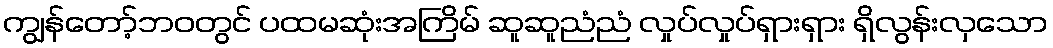
ကျွန်တော့်ဘဝတွင် ပထမဆုံးအကြိမ် ဆူဆူညံညံ လှုပ်လှုပ်ရှားရှား ရှိလွန်းလှသော